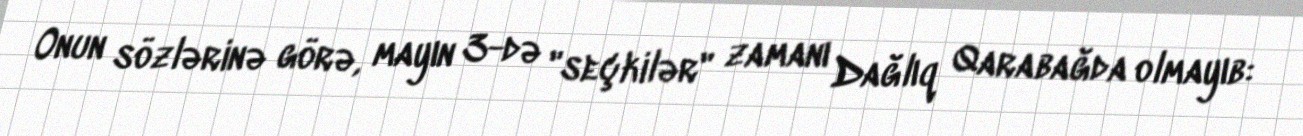
Onun sözlərinə görə, mayın 3-də "seçkilər" zamanı Dağlıq Qarabağda olmayıb: